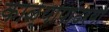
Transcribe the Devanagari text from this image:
काळ्यापांढरया